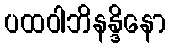
ပထဝါဘိနန္ဒိနော